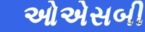
ઓએસબી